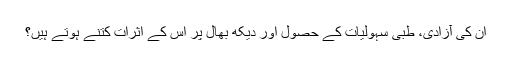
ان کی آزادی، طبی سہولیات کے حصول اور دیکھ بھال پر اس کے اثرات کتنے ہوتے ہیں؟